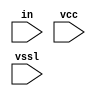
// SPDX-License-Identifier: Apache-2.0
// Copyright (C) 2019 Intel Corporation. 
// Library - aibcr_lib, Cell - aibcr_str_ioload, View - schematic
// LAST TIME SAVED: May 13 16:11:12 2015
// NETLIST TIME: May 14 11:14:35 2015
// `timescale 1ns / 1ns 

module aibcr3_str_ioload ( in, vcc, vssl );

input  in, vcc, vssl;

// Buses in the design

wire  net5;


// specify 
//     specparam CDS_LIBNAME  = "aibcr_lib";
//     specparam CDS_CELLNAME = "aibcr_str_ioload";
//     specparam CDS_VIEWNAME = "schematic";
// endspecify

assign net5 = ~in ;

endmodule